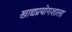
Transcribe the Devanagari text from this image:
खाद्यप्रयोगशाला